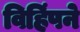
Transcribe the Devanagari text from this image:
विहिंपने